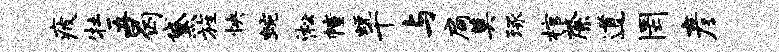
疲牡五曷黛旌怏蜿淞幢蜕千与扃奠琢棺綮道罔彦